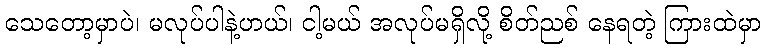
သေတော့မှာပဲ၊ မလုပ်ပါနဲ့ဟယ်၊ ငါ့မယ် အလုပ်မရှိလို့ စိတ်ညစ် နေရတဲ့ ကြားထဲမှာ